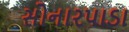
સોનારપાડા